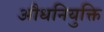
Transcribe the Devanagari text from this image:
औधनियुक्ति